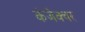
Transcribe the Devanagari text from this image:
कंजेक्चर